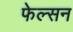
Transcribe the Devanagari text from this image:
फेल्सन